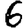
Digit: 6